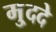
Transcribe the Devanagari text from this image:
मु्ददे